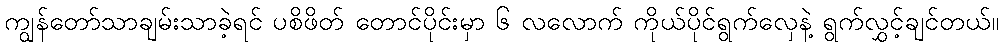
ကျွန်တော်သာချမ်းသာခဲ့ရင် ပစိဖိတ် တောင်ပိုင်းမှာ ၆ လလောက် ကိုယ်ပိုင်ရွက်လှေနဲ့ ရွက်လွှင့်ချင်တယ်။